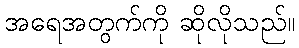
အရေအတွက်ကို ဆိုလိုသည်။